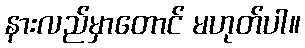
နားလည်မှာတောင် မဟုတ်ပါ။